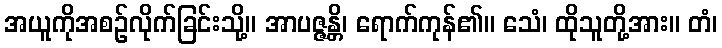
အယူကိုအစဉ်လိုက်ခြင်းသို့။ အာပဇ္ဇန္တိ၊ ရောက်ကုန်၏။ သေံ၊ ထိုသူတို့အား။ တံ၊